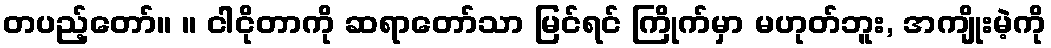
တပည့်တော်။ ။ ငါငိုတာကို ဆရာတော်သာ မြင်ရင် ကြိုက်မှာ မဟုတ်ဘူး, အကျိုးမဲ့ကို